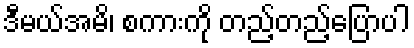
ဒီမယ်အမိ၊ စကားကို တည့်တည့်ပြောပါ